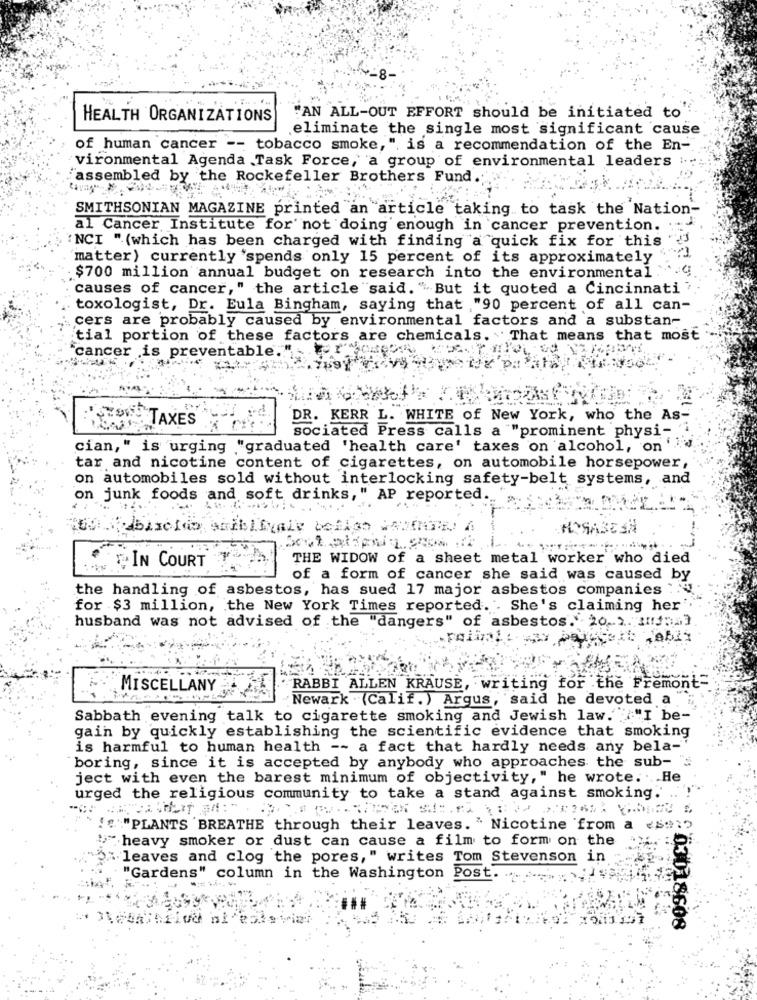
HEALTH ORGANIZATIONS
"AN ALL-OUT EFFORT should be initiated to
eliminate the single most significant cause
of human cancer -- tobacco smoke," is a recommendation of the En-
vironmental Agenda Task Force, a group of environmental leaders ...
"assembled by the Rockefeller Brothers Fund.
SMITHSONIAN MAGAZINE printed an article taking to task the Nation-
al Cancer Institute for not doing enough in cancer prevention.
'NCI " (which has been charged with finding a quick fix for this
matter) currently 'spends only 15 percent of its approximately
$700 million annual budget on research into the environmental
causes of cancer," the article "said. " But it quoted a Cincinnati'
toxologist, Dr. Eula Bingham, saying that "90 percent of all can-
cers are probably caused by environmental factors and a substan-
tial portion of these factors are chemicals. That means that most
cancer is preventable.
TAXES
DR. KERR L. WHITE of New York, who the As-
sociated Press calls a "prominent physi- ""
cian," is urging "graduated 'health care' taxes on alcohol, on '
tar and nicotine content of cigarettes, on automobile horsepower,
on automobiles sold without interlocking safety-belt systems, and
on junk foods and soft drinks," AP reported.
Ablackdo saiblivale beligo
MOSASESN
THE WIDOW of a sheet metal worker who died
IN COURT
of a form of cancer she said was caused by
the handling of asbestos, has sued 17 major asbestos companies ..
for $3 million, the New York Times reported. . She's claiming her'
husband was not advised of the "dangers" of asbestos. 201 11:33
MISCELLANY
RABBI ALLEN KRAUSE, writing for the Fremont-
"Newark (Calif.) Argus, said he devoted a
Sabbath evening talk to cigarette smoking and Jewish law. "I be-
gain by quickly establishing the scientific evidence that smoking
is harmful to human health -- a fact that hardly needs any bela-
boring, since it is accepted by anybody who approaches the sub- "$
ject with even the barest minimum of objectivity," he wrote. ... He
urged the religious community to take a stand against smoking.
!"":"PLANTS 'BREATHE through their leaves. " Nicotine from
heavy smoker or dust can cause a film to form on the
"leaves and clog the pores," writes Tom Stevenson in
03AV
"Gardens" column in the Washington Post ..
:03018608